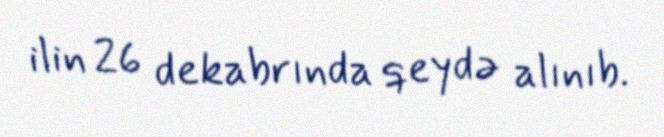
ilin 26 dekabrında qeydə alınıb.